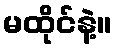
မထိုင်နဲ့။